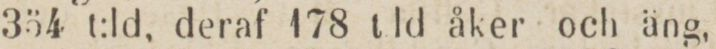
354 t:ld, deraf 178 t:ld åker och äng,